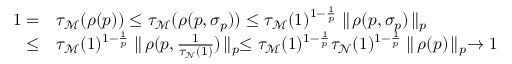
\begin{array} { r l } { 1 = } & { \tau _ { \mathcal M } ( \rho ( p ) ) \le \tau _ { \mathcal M } ( \rho ( p , \sigma _ { p } ) ) \le \tau _ { \mathcal M } ( 1 ) ^ { 1 - \frac { 1 } { p } } \parallel \! \rho ( p , \sigma _ { p } ) \! \parallel _ { p } } \\ { \le } & { \tau _ { \mathcal M } ( 1 ) ^ { 1 - \frac { 1 } { p } } \parallel \! \rho ( p , \frac { 1 } { \tau _ { \mathcal N } ( 1 ) } ) \! \parallel _ { p } \le \tau _ { \mathcal M } ( 1 ) ^ { 1 - \frac { 1 } { p } } \tau _ { \mathcal N } ( 1 ) ^ { 1 - \frac { 1 } { p } } \parallel \! \rho ( p ) \! \parallel _ { p } \to 1 } \end{array}